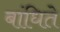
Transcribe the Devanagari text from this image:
बांधिते